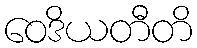
ဝေဒိယတီတိ